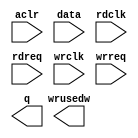
module sdc_fifo (
	aclr,
	data,
	rdclk,
	rdreq,
	wrclk,
	wrreq,
	q,
	wrusedw);

	input	  aclr;
	input	[7:0]  data;
	input	  rdclk;
	input	  rdreq;
	input	  wrclk;
	input	  wrreq;
	output	[7:0]  q;
	output	[8:0]  wrusedw;
`ifndef ALTERA_RESERVED_QIS
// synopsys translate_off
`endif
	tri0	  aclr;
`ifndef ALTERA_RESERVED_QIS
// synopsys translate_on
`endif

endmodule